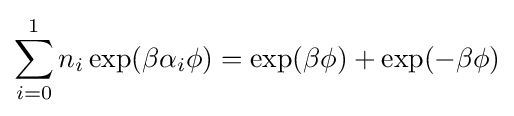
\sum _{i=0}^{1}n_{i}\exp(\beta \alpha _{i}\phi )=\exp(\beta \phi )+\exp(-\beta \phi )